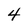
Character: 4